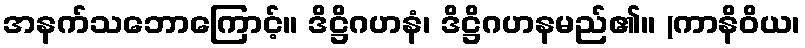
အနက်သဘောကြောင့်။ ဒိဋ္ဌိဂဟနံ၊ ဒိဋ္ဌိဂဟနမည်၏။ (ကာနိဝိယ၊